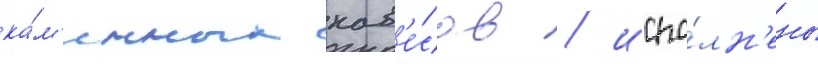
ка́м'енных нав'е́сов / испо́лн'ены